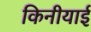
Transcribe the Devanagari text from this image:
किनीयाई